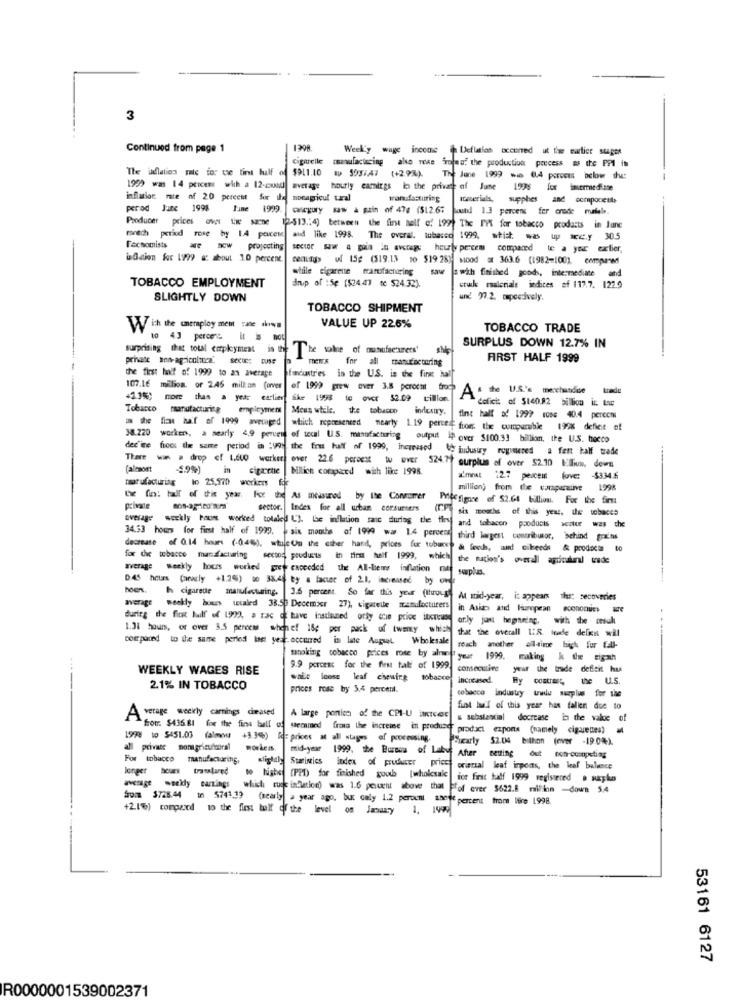
3
Continued from page 1
Week'y wage in
Deflation occurred ut tise curtice suger
Cigarelle
manufacturing also rose "mojaof the production process as the PPI im
The inflation rate for use time half of $$11.10 ap 505:47 (+2.9%).
The June 1999 wie 6.4 porcets below thus
1999 was 14 percent with a 12-5000
1999 was 14 percent with a 12-pound average hourly earnings la the private of June 1998 fox imvermedi.ace
inflation rate of 20 percent for the
nonagricul tal
manufacturing
IGilerials, supphes and compocette
porad Jure 1998
June 1999.
calcgury saw a pain of 47g ($12.6: would 1.3 percent fer erade muriels
Producer pricesov tix sache
[2-513 .: 4) between the first half of 199) The PPI for tobacco products in June
match period rose by 1.4 pouces and like 1998. The overal. tobacco 1999, stic. ** up iec.y 30.5
Fechomists
* * cw projecting
wer --- -- heuly percem compared to a yor extier,
WQcion for 1999 &: about 1.0 percent
cenuag> ul 15g (519.13 10 519 28] Mood at 363.6 (1982-1001, compared
while cigarette manufacturing
while cigarette manufacturing saw a with finished goods, intermediate and
TOBACCO EMPLOYMENT
drup of :Se ($24.47 te $24.32).
crude ralcriale indices ef 117.7. 122.9
SLIGHTLY DOWN
und 97.2. capcedively.
TOBACCO SHIPMENT
With the unemployment - ...
VALUE UP 22.6%
TOBACCO TRADE
10 43 percers. it is not
surprising that total employment in the
The whe of musufacturers'
SURPLUS DOWN 12.7% IN
private son-agricultura. secue: tuse
for all manufacturing
FIRST HALF 1999
the first half of 1999 to an average
ficastr'es in the U.S. in the first half
107.16 million. or 2.46 milkam (orver
of 1999 grew ever 3.8 perochit froch
Ate U.S.'s merchandise
kunde
Ske 1998 te over $2.09 trillion.
deficit of $140.82 billion it tar
Tobacco
manufacturing
employment
Meus while. the tobacco industry.
= the fian huf of 1999 averaged
fint half of 1999 rose 40.4 perccm
38.220
which reposeneed nearly 1.19 percet from the comparable 199% defiet of
worken, a nearly 4.9 percent of tocal U.S. manufacturing output in over $100.33 billion, the U.S. bocco
dec'ine hoes the same period in :voy the fou half of 1999, increased & industry registered a fent half trade
There www . drop ef LEVO werker over 22.6 peracit tu over 524.77 ourplus of over $2.10 Ellium, dews
Calcioet
5.9%) in cigarene | billich compared with like 1998.
tar ufacturing to 25,970 werkers f
z'most 12.7 percent love: - $334.6
million) from the comparative 1998
fin: hall ofti y -te As measured by the Commomer Pille figure of 52.04 billion. For the first
private
sector. Index for all urban corsurters
(IP sis mouths of this year. de tobaces
average weekly hauns worked totaled L'). Le inflation sanc during the fly and tobacon products wcztur was the
34.33 hours for first half of 1999. - six months of 1999 wa 1.4 percent third largest contributor, behind gains
decrease of 0.14 hours (-0.44). wtuleOn the other hand, prices fur tubaret & feeds, and cileeds & products 80
for the tobacco marsfacturing sector, products in first half 1999,
average weekly hours worked grey exceeded the Al-bems inflation mat
saplas.
D.45 hours (realy +1.25) so 38.46 by a lacter of 2.1, increased by ow
boen. h cigarede manufacturing. 3.6 percent. So far this year (through
At mid-year, it appears ths: recoveries
average weekly bous wcaled 38.50 December 27), cigarette manufacturers
in Asians and Haropean soononues
during the first half of 1999, a rac of have instlaned orly ccie price ilcreuse orly just hegneing, with the mesul
1.31 hours, of over 3.5 percem whenef 18; per pack of twenty which
that the overall US. lede delos wil
compared to the same period last year.occurred in late Augul
Wholesale
tanoking tobacco prices rose by alne
WEEKLY WAGES RISE
9.9 percent for the fest talt of 1999.
consecutive
year the trade deficit hus
waLe loose leaf chewing tobacce
incocasod.
By contrast, the U.S.
2.1% IN TOBACCO
prices rose by 5.4 percent.
cobacco industry tzwdu sucplus for she
Average weekly camnings dimased
fint Iwf of this year has fallen due to
A large ponico of the CPI-U Mctcer & substantial decrease in the value of
fromr. $435.81 for the fire ball of stemmed frota the increase in produse
product expons (namely cigarettes)
1998 10 5451.03 (almou +3.345) Id= prices at all stages of processing.
Scarly $2.04 bithon (ever -19.04).
private nonagriculmoral workens.
For tobacco manufacturing,
slightly Staringics
mid-year 1999. the Bureau of Laby After netting out non-competing
longer hours translared
index of pruducer priest orierzal leaf inports, the leaf balence
to highe (PPT) for finished goods [wholesale ice first tuff 1999 registered . surplus
------ norwas 1.6 percent above that Ffof ever 5522.8 million -down 5.4
from $728.44 10 5741.39
(nearly a year ago, but only 1.2 percent .see percent from lire 1998.
+2.1%) compared to the first toll of the level on January 1. 1999
53161 6127
R0000001539002371